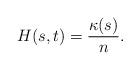
LaTeX: \begin{align*}H(s,t)=\frac{\kappa(s)}{n}.\end{align*}